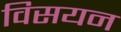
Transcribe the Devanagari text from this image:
विसयन